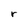
Character: r